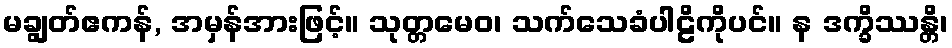
မချွတ်ဧကန်, အမှန်အားဖြင့်။ သုတ္တမေဝ၊ သက်သေခံပါဠိကိုပင်။ န ဒက္ခိဿန္တိ၊